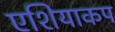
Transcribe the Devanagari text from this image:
एशियाकप